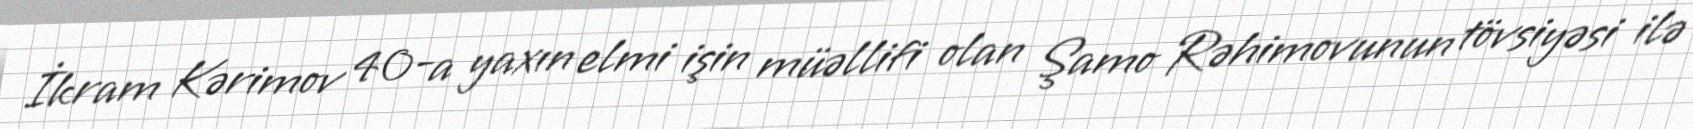
İkram Kərimov 40-a yaxın elmi işin müəllifi olan Şamo Rəhimovunun tövsiyəsi ilə